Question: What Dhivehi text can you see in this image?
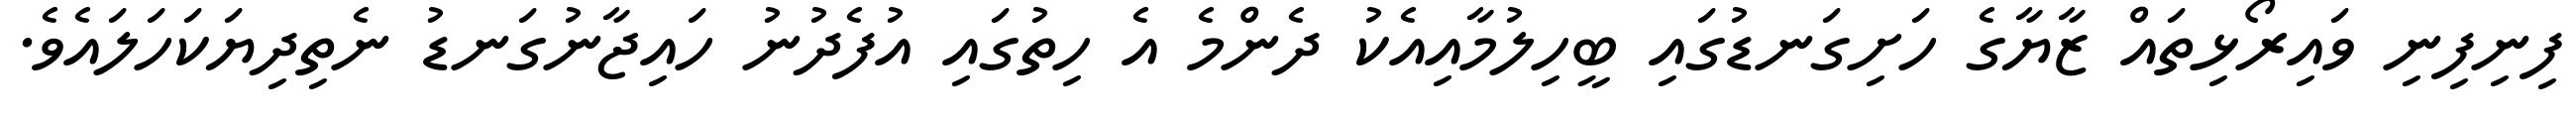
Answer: ފިނިފިނި ވައިރޯޅިތައް ޒާޔާގެ ހަށިގަނޑުގައި ބީހިލުމާއިއެކު ދެންމެ އެ ހިތުގައި އުފެދުނު ހައިޖާނުގަނޑު ނެތިދިޔަކަހަލައެވެ.